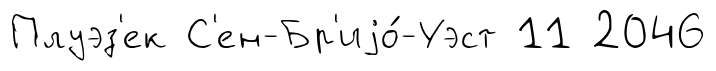
Плуэз'ек С'ен-Бр'иjо́-Уэст 11 2046